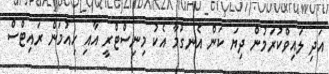
އަދި ލައިވްކުރަމުން ދިޔަ ކަން އެނގުމާ އެކު މިނިސްޓްރީ އާއި ހިއުމަން ރައިޓްސް